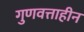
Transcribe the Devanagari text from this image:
गुणवत्ताहीन